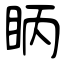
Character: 眪